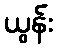
ယွန်း